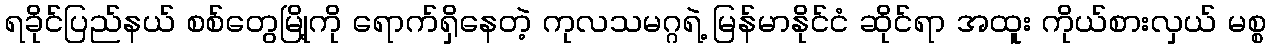
ရခိုင်ပြည်နယ် စစ်တွေမြို့ကို ရောက်ရှိနေတဲ့ ကုလသမဂ္ဂရဲ့ မြန်မာနိုင်ငံ ဆိုင်ရာ အထူး ကိုယ်စားလှယ် မစ္စ